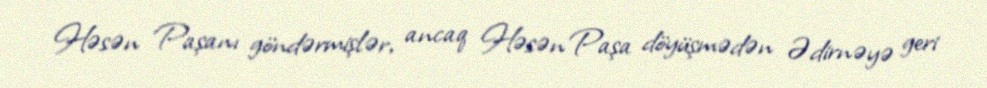
Həsən Paşanı göndərmişlər, ancaq Həsən Paşa döyüşmədən Ədirnəyə geri